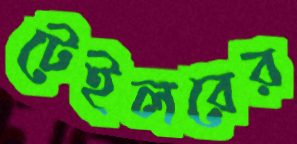
টেইলরের